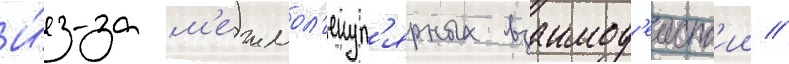
И́з-за м'ежмол'екул'ярных взаимод'еиств'ии /